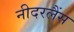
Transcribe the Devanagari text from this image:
नीदरलैंस